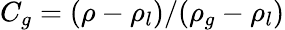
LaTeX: C_{g}=(\rho-\rho_{l})/(\rho_{g}-\rho_{l})